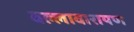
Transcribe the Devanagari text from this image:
वल्लावारायण